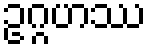
ဥဂ္ဂဟဿ